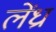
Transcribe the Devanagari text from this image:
लेंध्रा